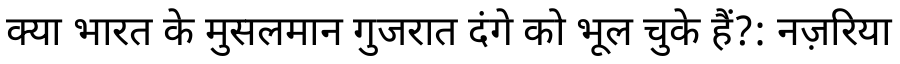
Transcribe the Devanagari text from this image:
क्या भारत के मुसलमान गुजरात दंगे को भूल चुके हैं?: नज़रिया